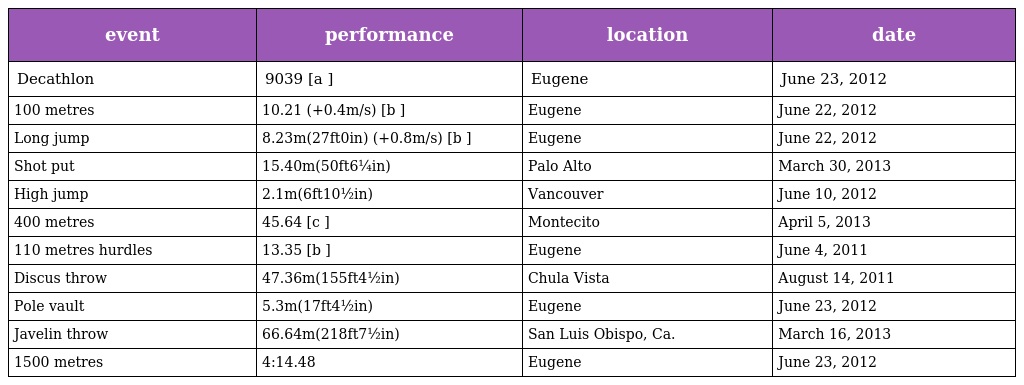
| event | performance | location | date |
 | --- | --- | --- | --- |
 | Decathlon | 9039 [a ] | Eugene | June 23, 2012 |
 | 100 metres | 10.21 (+0.4m/s) [b ] | Eugene | June 22, 2012 |
 | Long jump | 8.23m(27ft0in) (+0.8m/s) [b ] | Eugene | June 22, 2012 |
 | Shot put | 15.40m(50ft6¼in) | Palo Alto | March 30, 2013 |
 | High jump | 2.1m(6ft10½in) | Vancouver | June 10, 2012 |
 | 400 metres | 45.64 [c ] | Montecito | April 5, 2013 |
 | 110 metres hurdles | 13.35 [b ] | Eugene | June 4, 2011 |
 | Discus throw | 47.36m(155ft4½in) | Chula Vista | August 14, 2011 |
 | Pole vault | 5.3m(17ft4½in) | Eugene | June 23, 2012 |
 | Javelin throw | 66.64m(218ft7½in) | San Luis Obispo, Ca. | March 16, 2013 |
 | 1500 metres | 4:14.48 | Eugene | June 23, 2012 |